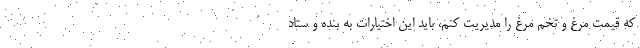
که قیمت مرغ و تخم مرغ را مدیریت کنم، باید این اختیارات به بنده و ستاد